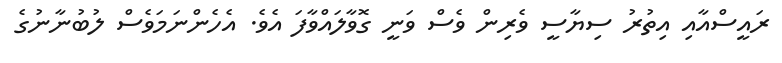
ރައީސްއާއި އިތުރު ސިޔާސީ ވެރިން ވެސް ވަނީ ގޮވާލައްވާފަ އެވެ. އެހެންނަމަވެސް ލުބުނާނުގެ